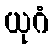
ယုဂံ